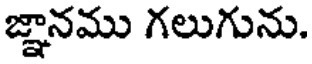
జ్ఞానము గలుగును.